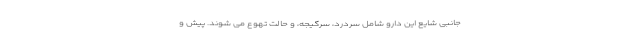
جانبی شایع این دارو شامل سردرد، سرگیجه، و حالت تهوع می شوند. پیش و